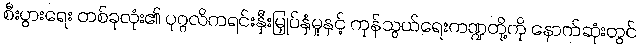
စီးပွားရေး တစ်ခုလုံး၏ ပုဂ္ဂလိကရင်းနှီးမြှုပ်နှံမှုနှင့် ကုန်သွယ်ရေးကဏ္ဍတို့ကို နောက်ဆုံးတွင်